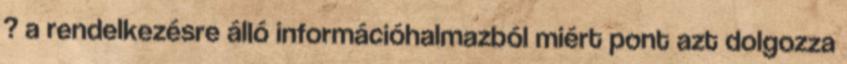
? a rendelkezésre álló információhalmazból miért pont azt dolgozza